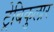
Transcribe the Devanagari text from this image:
ट्रेबिकुलार